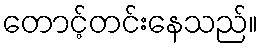
တောင့်တင်းနေသည်။